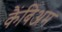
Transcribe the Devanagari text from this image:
कैंबिअम